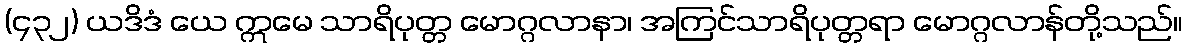
(၄၃၂) ယဒိဒံ ယေ ဣမေ သာရိပုတ္တ မောဂ္ဂလာနာ၊ အကြင်သာရိပုတ္တရာ မောဂ္ဂလာန်တို့သည်။